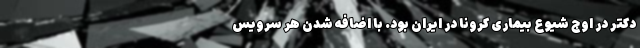
دکتر در اوج شیوع بیماری کرونا در ایران بود. با اضافه شدن هر سرویس